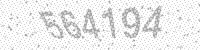
Solution: 564194